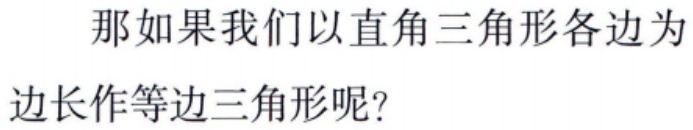
那如果我们以直角三角形各边为边长作等边三角形呢？